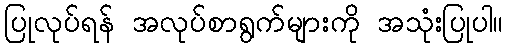
ပြုလုပ်ရန် အလုပ်စာရွက်များကို အသုံးပြုပါ။